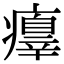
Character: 𤻁